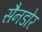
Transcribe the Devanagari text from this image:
सैनडोर